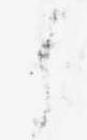
に